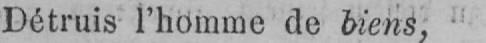
Détruis l’homme de biens,